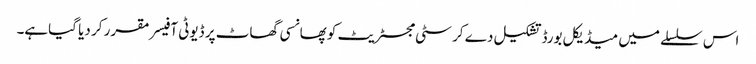
اس سلسلے میں میڈیکل بورڈ تشکیل دے کر سٹی مجسٹریٹ کو پھانسی گھاٹ پر ڈیوٹی آفیسر مقرر کر دیا گیاہے۔